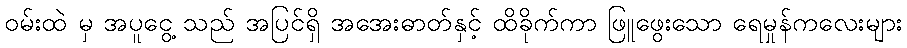
ဝမ်းထဲ မှ အပူငွေ့ သည် အပြင်ရှိ အအေးဓာတ်နှင့် ထိခိုက်ကာ ဖြူဖွေးသော ရေမှုန်ကလေးများ